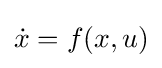
{\dot {x}}=f(x,u)